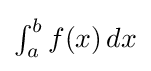
{\textstyle \int _{a}^{b}f(x)\,dx}